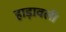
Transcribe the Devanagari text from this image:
हाड़ावली